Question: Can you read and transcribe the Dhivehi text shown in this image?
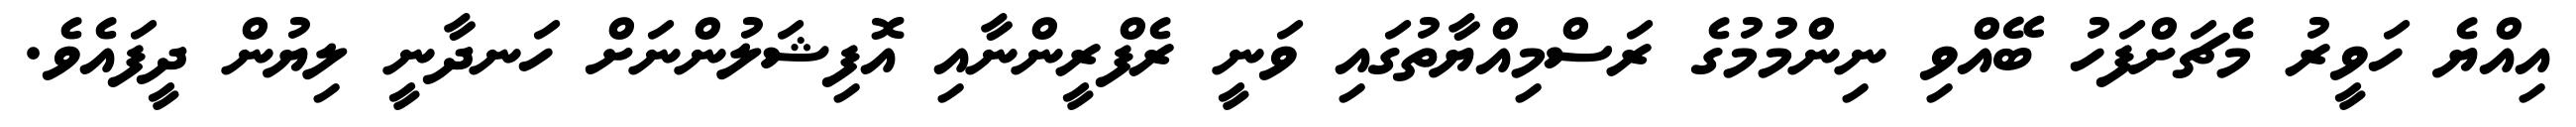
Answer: އިއްޔެ ހަވީރު މެޗަށްފަހު ބޭއްވި ނިންމުމުގެ ރަސްމިއްޔާތުގައި ވަނީ ރެފްރީންނާއި އޮފިޝަލުންނަށް ހަނދާނީ ލިޔުން ދީފައެވެ.